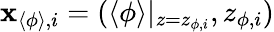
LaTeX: \mathbf{x}_{\langle\phi\rangle,i}=(\langle\phi\rangle|_{z=z_{\phi,i}},z_{\phi,i})